Vaccination in Burma 1889-1999 - 1889-1999
Year: 1889
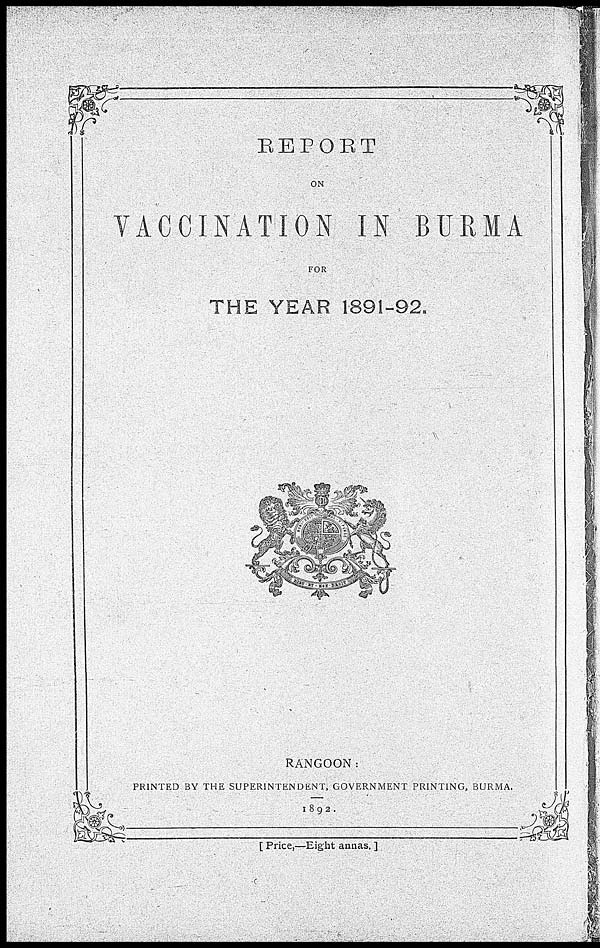
REPORT
ON
VACCINATION IN BURMA
FOR
THE YEAR 1891-92.
RANGOON:
PRINTED BY THE SUPERINTENDENT, GOVERNMENT PRINTING, BURMA.
1892.
[ Price,—Eight annas. ]